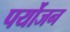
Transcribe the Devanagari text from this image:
पर्योजन